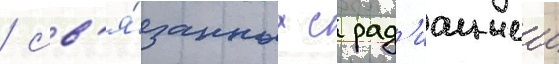
/ св'я́занных с рад'иациеи